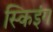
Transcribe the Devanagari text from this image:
स्किइंग